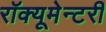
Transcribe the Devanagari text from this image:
रॉक्यूमेन्टरी